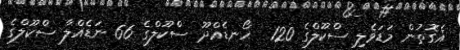
އެގޮތުން މަޑަވެލި ސްކޫލްގެ 120  ހޯނޑެއްދޫ ސްކޫލްގެ 66 ނަޑެއްލާ ސްކޫލްގެ